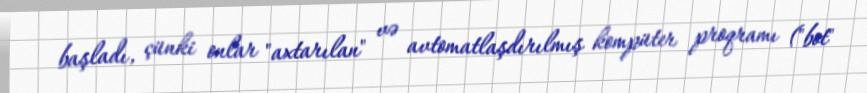
başladı, çünki onlar "axtarılan" və avtomatlaşdırılmış kompüter proqramı ("bot"